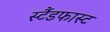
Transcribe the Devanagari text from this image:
स्टैंडफास्ट